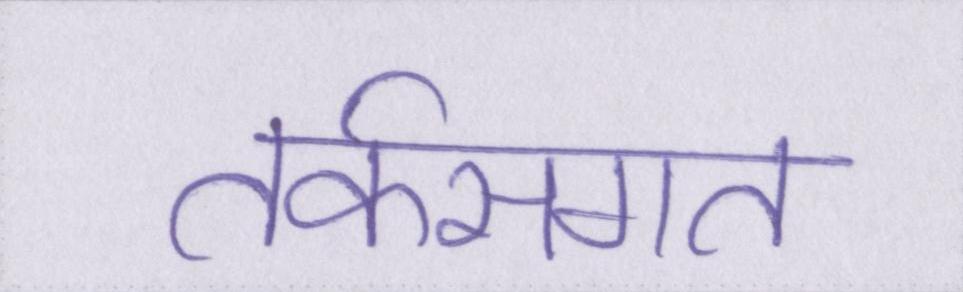
तर्कसंगत